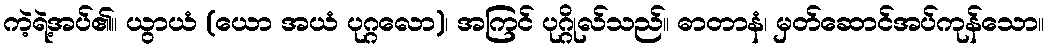
ကဲ့ရဲ့အပ်၏။ ယွာယံ (ယော အယံ ပုဂ္ဂလော)၊ အကြင် ပုဂ္ဂိုလ်သည်။ ဓာတာနံ၊ မှတ်ဆောင်အပ်ကုန်သော။